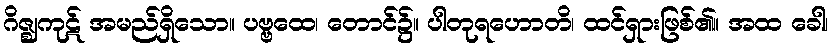
ဂိဇ္ဈကုဋ် အမည်ရှိသော။ ပဗ္ဗထေ၊ တောင်၌။ ပါတုရဟောတိ၊ ထင်ရှားဖြစ်၏။ အထ ခေါ၊